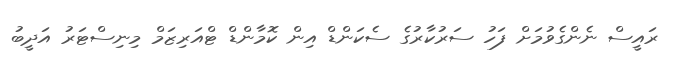
ރައީސް ނެންގެވުމަށް ފަހު ސަރުކާރުގެ ސެކަންޑް އިން ކޮމާންޑް ޓްއަރިޒަމް މިނިސްޓަރު އަދީބު